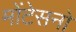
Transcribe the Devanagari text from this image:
मोंटेसनो